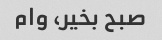
صبح بخیر، وام